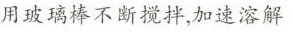
用玻璃棒不断搅拌，加速溶解